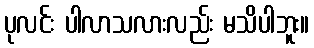
ပုလင်း ပါလာသလားလည်း မသိပါဘူး။